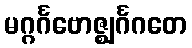
မဂ္ဂင်္ဂဗောဇ္ဈင်္ဂဂတေ